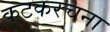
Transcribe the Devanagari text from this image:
कटकरचना